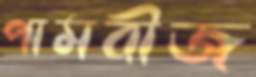
পামবীজ